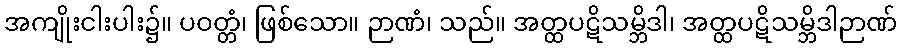
အကျိုးငါးပါး၌။ ပဝတ္တံ၊ ဖြစ်သော။ ဉာဏံ၊ သည်။ အတ္ထပဋိသမ္ဘိဒါ၊ အတ္ထပဋိသမ္ဘိဒါဉာဏ်